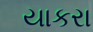
યાકરા